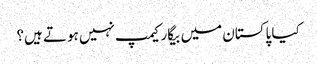
کیا پاکستان میں بیگار کیمپ نہیں ہوتے ہیں؟